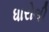
ધારોલી